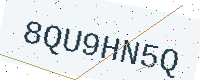
Text: 8QU9HN5Q